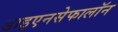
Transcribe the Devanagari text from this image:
डाइएनसेफालॉन